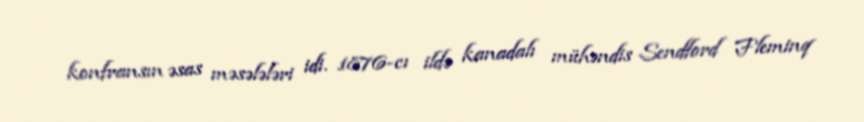
konfransın əsas məsələləri idi. 1876-cı ildə kanadalı mühəndis Sendford Fleminq